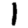
Digit: 1